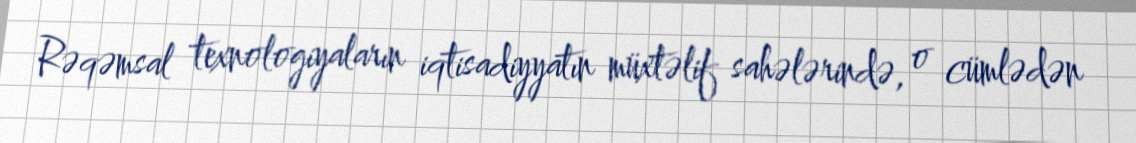
Rəqəmsal texnologiyaların iqtisadiyyatın müxtəlif sahələrində, o cümlədən